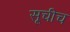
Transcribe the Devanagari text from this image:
सूचीच